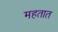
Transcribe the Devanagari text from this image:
महतात